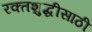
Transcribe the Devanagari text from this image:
रक्तशुद्धीसाठी